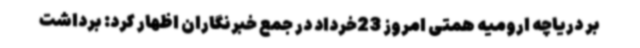
بر دریاچه ارومیه همتی امروز 23خرداد در جمع خبرنگاران اظهار کرد: برداشت